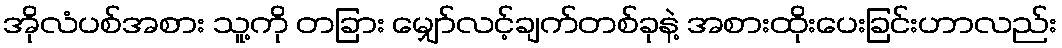
အိုလံပစ်အစား သူ့ကို တခြား မျှော်လင့်ချက်တစ်ခုနဲ့ အစားထိုးပေးခြင်းဟာလည်း